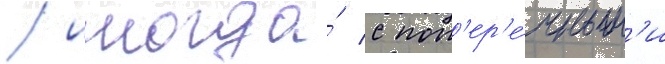
/ иногда́ с поп'ер'е́чным'и